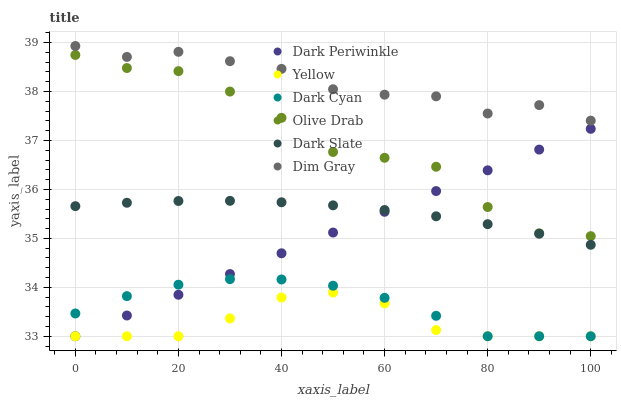
| xaxis_label | Dark Periwinkle | Yellow | Dark Cyan | Olive Drab | Dark Slate | Dim Gray |
 | --- | --- | --- | --- | --- | --- | --- |
 | 0 | 33 | 33 | 33.5 | 38.7 | 35.7 | 38.9 |
 | 10 | 33.4 | 33 | 33.8 | 38.5 | 35.7 | 38.7 |
 | 20 | 33.8 | 33 | 34.1 | 38.4 | 35.8 | 38.8 |
 | 30 | 34.3 | 33.4 | 34.2 | 38 | 35.8 | 38.6 |
 | 40 | 34.7 | 33.8 | 34.2 | 37.5 | 35.7 | 38.5 |
 | 50 | 35.1 | 33.9 | 34 | 36.8 | 35.7 | 38 |
 | 60 | 35.5 | 33.7 | 33.8 | 36.6 | 35.6 | 37.9 |
 | 70 | 36 | 33.1 | 33.4 | 36.5 | 35.5 | 37.9 |
 | 80 | 36.4 | 33 | 33 | 35.6 | 35.3 | 37.6 |
 | 90 | 36.8 | 33 | 33 | 35.1 | 35.1 | 37.7 |
 | 100 | 37.2 | 33 | 33 | 35 | 34.9 | 37.4 |